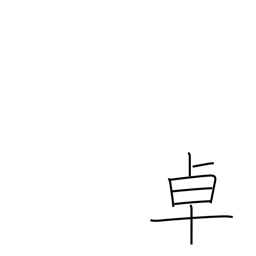
Meaning: table